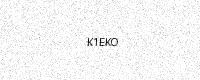
Text: K1EKO